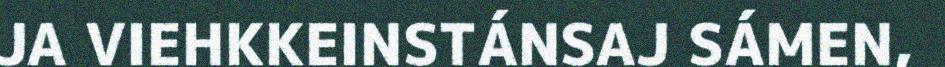
JA VIEHKKEINSTÁNSAJ SÁMEN,